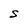
Character: S